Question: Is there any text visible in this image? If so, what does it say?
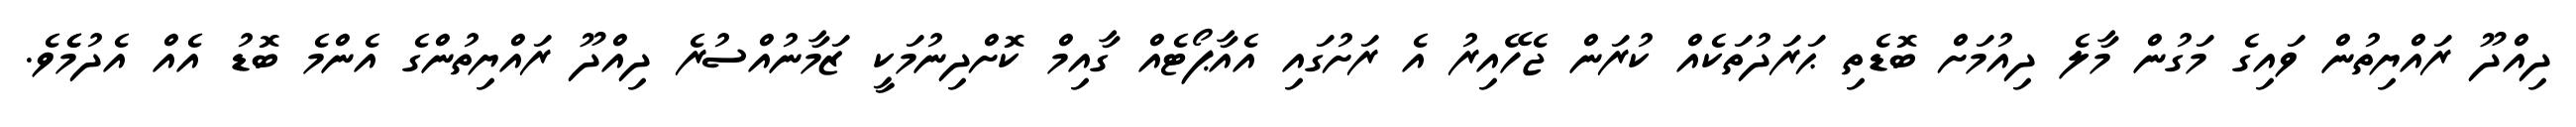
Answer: ދިއްދޫ ރައްޔިތުން ވައިގެ މަގުން މާލެ ދިއުމަށް ބޮޑެތި ޙަރަދުތަކެއް ކުރަން ޖެހޭއިރު އެ ރަށުގައި އެއާޕޯޓެއް ގާއިމް ކޮށްދިނުމަކީ ޒަމާނުއްސުރެ ދިއްދޫ ރައްޔިތުންގެ އެންމެ ބޮޑު އެއް އެދުމެެވެ.